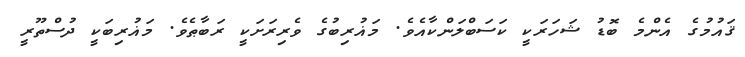
ޤައުމުގެ އެންމެ ބޮޑު ޝަހަރަކީ ކަސަބްލަންކާއެވެ. މަޣުރިބުގެ ވެރިރަށަކީ ރަބާޠެވެ. މަޣުރިބަކީ ދުސްތޫރީ